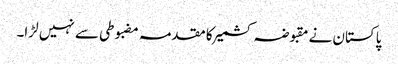
پاکستان نے مقبوضہ کشمیر کا مقدمہ مضبوطی سے نہیں لڑا۔